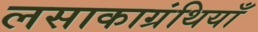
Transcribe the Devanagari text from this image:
लसाकाग्रंथियाँ